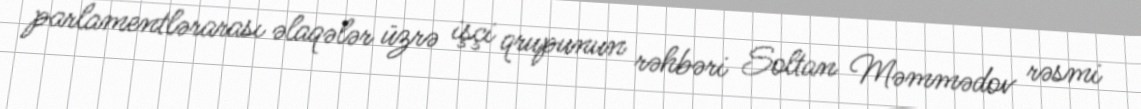
parlamentlərarası əlaqələr üzrə işçi qrupunun rəhbəri Soltan Məmmədov rəsmi